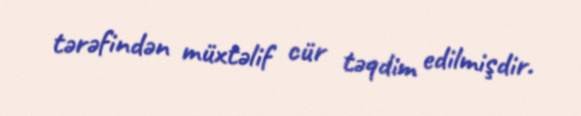
tərəfindən müxtəlif cür təqdim edilmişdir.